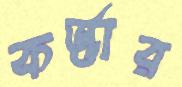
কর্ড্ডার